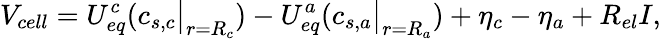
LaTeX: V_{cell}={U_{eq}^{c}}(c_{s,c}\big|_{r=R_{c}})-{U_{eq}^{a}}(c_{s,a}\big|_{r=R_{a}})+\eta_{c}-\eta_{a}+R_{el}I,